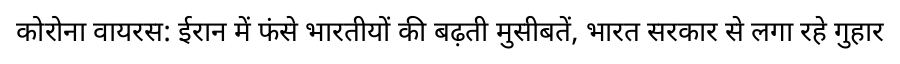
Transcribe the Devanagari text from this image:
कोरोना वायरस: ईरान में फंसे भारतीयों की बढ़ती मुसीबतें, भारत सरकार से लगा रहे गुहार